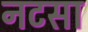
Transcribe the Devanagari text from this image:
नटसा